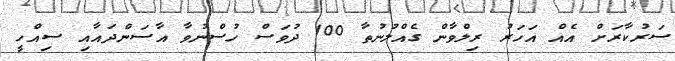
ސަރުކާރަށް އެއް އަހަރު ރިލްވާން ގެއްލުނުތާ 100 ދުވަސް ހުސްނުވާ އާސަންދައާއި ސިއްހީ